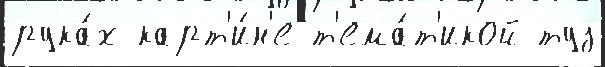
рука́х карт'и́н'е т'ема́т'икой туз